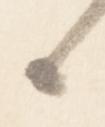
候